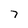
Character: 7